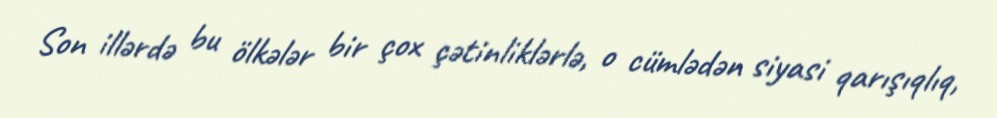
Son illərdə bu ölkələr bir çox çətinliklərlə, o cümlədən siyasi qarışıqlıq,